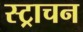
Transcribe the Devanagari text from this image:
स्ट्राचन